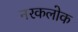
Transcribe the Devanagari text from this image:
नरकलोक